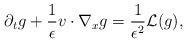
LaTeX: \begin{align*}\partial_t g + \frac{1}{\epsilon}v\cdot\nabla_x g = \frac{1}{\epsilon^2} \mathcal L(g), \end{align*}